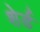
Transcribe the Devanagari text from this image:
शेर्ड